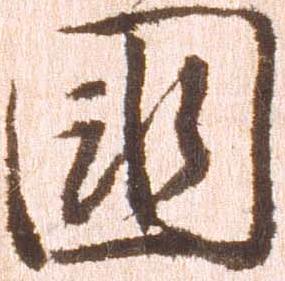
国